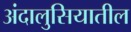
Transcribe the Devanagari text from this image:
अंदालुसियातील